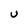
Character: U